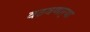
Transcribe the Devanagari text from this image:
वठवणार्‍या